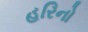
હરિનો